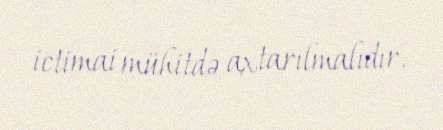
ictimai mühitdə axtarılmalıdır.